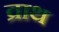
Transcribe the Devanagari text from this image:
व्राथ